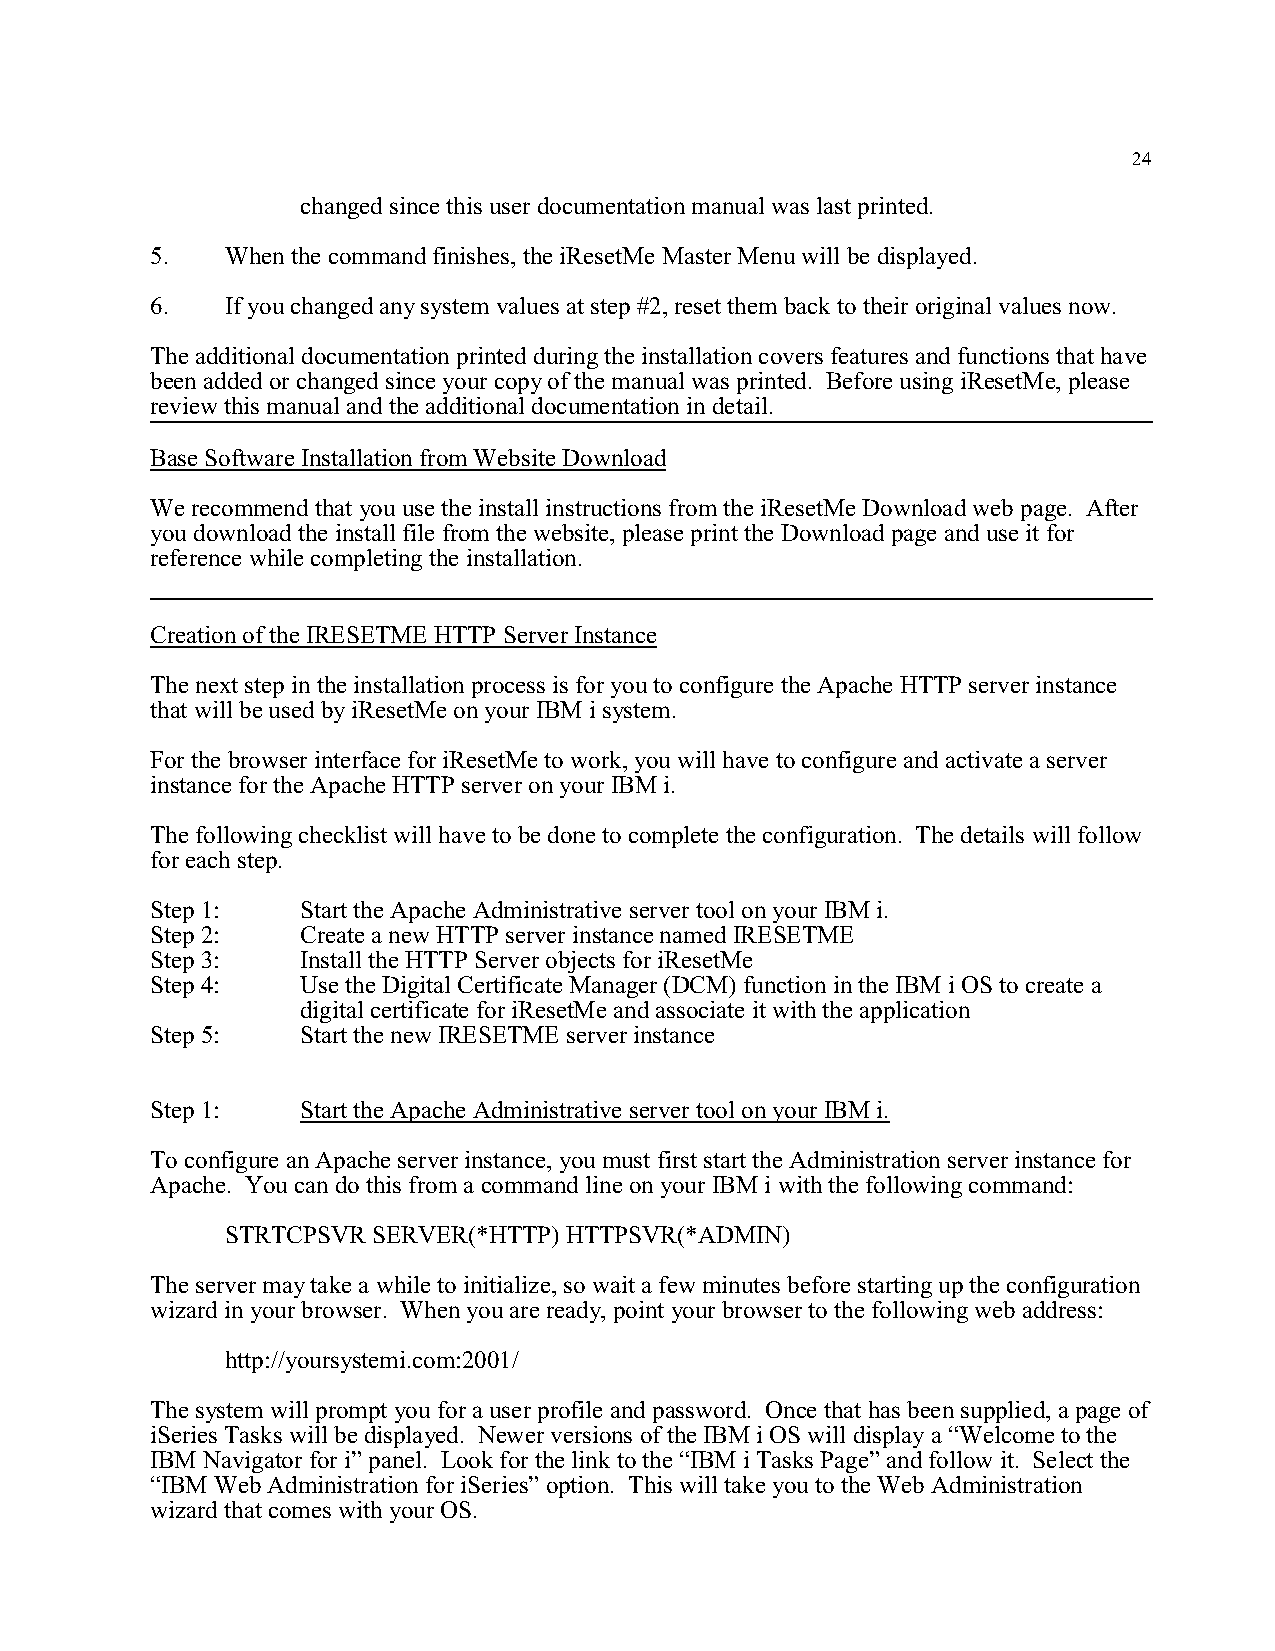
24
 changed since this user documentation manual was last printed.
 5.   When the command finishes, the iResetMe Master Menu will be displayed.
 6.   If you changed any system values at step #2, reset them back to their original values now.
 The additional documentation printed during the installation covers features and functions that have
 been added or changed since your copy of the manual was printed. Before using iResetMe, please
 review this manual and the additional documentation in detail.
 Base Software Installation from Website Download
 We recommend that you use the install instructions from the iResetMe Download web page. After
 you download the install file from the website, please print the Download page and use it for
 reference while completing the installation.
 Creation of the IRESETME HTTP Server Instance
 The next step in the installation process is for you to configure the Apache HTTP server instance
 that will be used by iResetMe on your IBM i system.
 For the browser interface for iResetMe to work, you will have to configure and activate a server
 instance for the Apache HTTP server on your IBM i.
 The following checklist will have to be done to complete the configuration. The details will follow
 for each step.
 Step 1:   Start the Apache Administrative server tool on your IBM i.
 Step 2:   Create a new HTTP server instance named IRESETME
 Step 3:   Install the HTTP Server objects for iResetMe
 Step 4:   Use the Digital Certificate Manager (DCM) function in the IBM i OS to create a
 digital certificate for iResetMe and associate it with the application
 Step 5:   Start the new IRESETME server instance
 Step 1:   Start the Apache Administrative server tool on your IBM i.
 To configure an Apache server instance, you must first start the Administration server instance for
 Apache. You can do this from a command line on your IBM i with the following command:
 STRTCPSVR SERVER(*HTTP) HTTPSVR(*ADMIN)
 The server may take a while to initialize, so wait a few minutes before starting up the configuration
 wizard in your browser. When you are ready, point your browser to the following web address:
 http://yoursystemi.com:2001/
 The system will prompt you for a user profile and password. Once that has been supplied, a page of
 iSeries Tasks will be displayed. Newer versions of the IBM i OS will display a “Welcome to the
 IBM Navigator for i” panel. Look for the link to the “IBM i Tasks Page” and follow it. Select the
 “IBM Web Administration for iSeries” option. This will take you to the Web Administration
 wizard that comes with your OS.